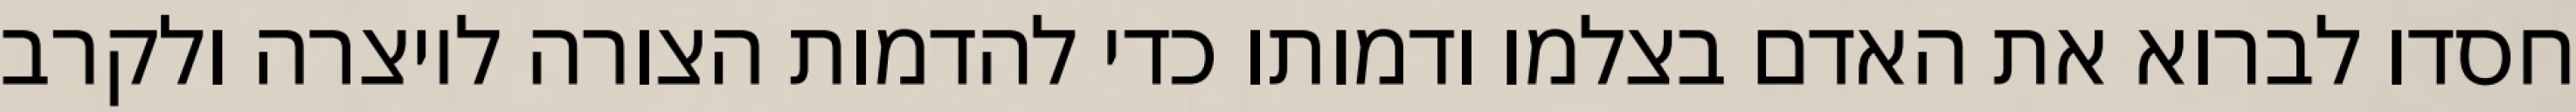
חסדו לברוא את האדם בצלמו ודמותו כדי להדמות הצורה ליוצרה ולקרב